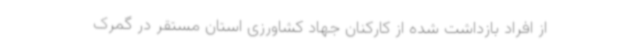
از افراد بازداشت شده از کارکنان جهاد کشاورزی استان مستقر در گمرک